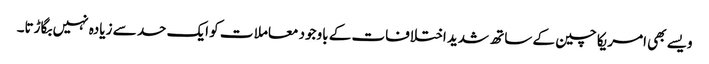
ویسے بھی امریکا چین کے ساتھ شدید اختلافات کے باوجود معاملا ت کو ایک حد سے زیادہ نہیں بگاڑتا۔